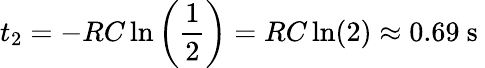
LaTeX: t_{2}=-RC\ln\left(\frac{1}{2}\right)=RC\ln(2)\approx 0.69\mathrm{~s~}